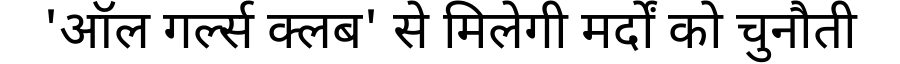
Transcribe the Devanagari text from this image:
'ऑल गर्ल्स क्लब' से मिलेगी मर्दों को चुनौती